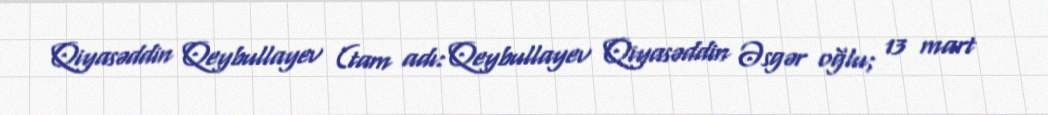
Qiyasəddin Qeybullayev (tam adı: Qeybullayev Qiyasəddin Əsgər oğlu; 13 mart